Lunatic asylums Madras 1877-1891 - 1877-1891
Year: 1877
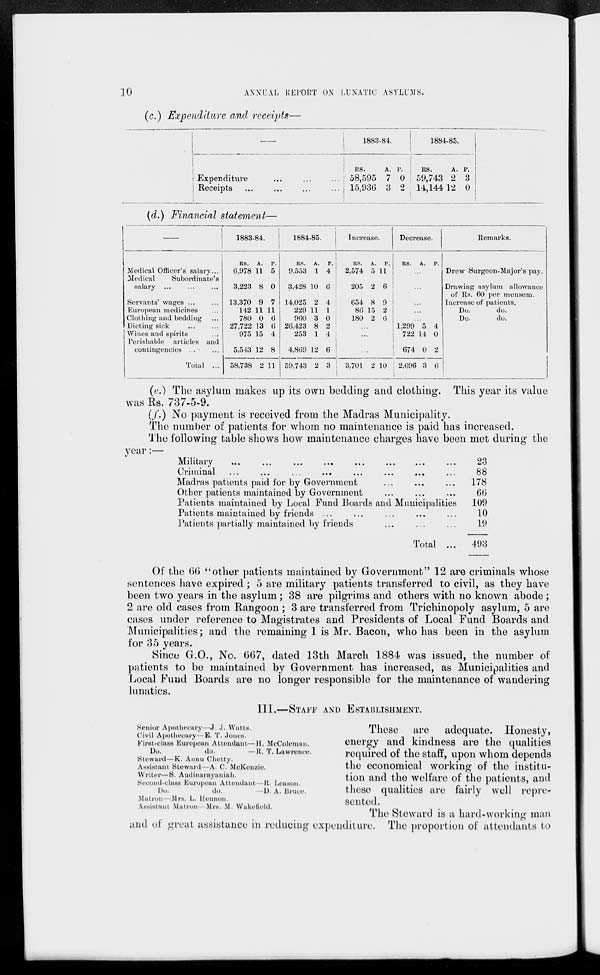
10
ANNUAL REOPRT ON LUNATIC ASYLUMS.
(c.) Expenditure and receipts—
—
Expenditure ... ... ...
Receipts ... ... ... ...
1883-84.
Rs.
58,595
15,936
A.
7
3
P.
0
2
1884-85.
Rs.
59,743
14,144
A.
2
12
P.
3
0
(d.) Financial statement—
—
Medical Officer's salary ...
Medical
Subordinate's
salary ... ... ...
Servants' wages ... ...
European medicines ...
Clothing and bedding ...
Dieting sick
...
...
Wines and spirits ...
Perishable articles and
contingencies ... ...
Total ...
1883-84.
Rs.
6,978
3,223
13,370
142
780
27,722
975
5,543
58,738
A.
11
8
9
11
0
13
15
12
2
P.
5
0
7
11
6
6
4
8
11
1884-85.
Rs.
9,553
3,428
14,025
229
960
26,423
253
4,869
59,743
A.
1
10
2
11
3
8
1
12
2
P.
4
6
4
1
0
2
4
6
3
Increase.
Rs.
2,574
205
654
86
180
A.
5
2
8
15
2
P.
11
6
9
2
6
...
...
...
3,701 2 10
Decrease.
Rs. A. P.
...
...
...
...
...
1,299
722
674
2,696
5
14
0
3
4
0
2
6
Remarks.
Drew Surgeon-Major's pay.
Drawing asylum allowance
of Rs. 60 per mensem.
Increase of patients.
Do.
do.
Do.
do.
(e.) The asylum makes up its own bedding and clothing. This year its value
was Rs. 737-5-9.
(f.) No payment is received from the Madras Municipality.
The number of patients for whom no maintenance is paid has increased.
The following table shows how maintenance charges have been met during the
year:—
Military ... ... ... ... ... ... ... ...
Criminal
...
...
...
...
...
...
...
...
Madras patients paid for by Government ... ... ...
Other patients maintained by Government ... ... ...
Patients maintained by Local Fund Boards and Municipalities
Patients maintained by friends ... ... ... ... ...
Patients partially maintained by friends ... ... ...
Total ...
23
88
178
66
109
10
19
493
Of the 66 "other patients maintained by Government" 12 are criminals whose
sentences have expired ; 5 are military patients transferred to civil, as they have
been two years in the asylum; 38 are pilgrims and others with no known abode;
2 are old cases from Rangoon ; 3 are transferred from Trichinopoly asylum, 5 are
cases under reference to Magistrates and Presidents of Local Fund Boards and
Municipalities; and the remaining 1 is Mr. Bacon, who has been in the asylum
for 35 years.
Since G.O., No. 667, dated 13th March 1884 was issued, the number of
patients to be maintained by Government has increased, as Municipalities and
Local Fund Boards are no longer responsible for the maintenance of wandering
lunatics.
III.—STAFF AND ESTABLISHMENT.
Senior Apothecary—J. J. Watts.
Civil Apothecary—E. T. Jones.
First-class European Attendant—H. McColeman.
Do.
do.
—R. T. Lawrence.
Steward—K. Annu Chetty.
Assistant Steward—A. C. McKenzie.
Writer—S. Audinarayaniah.
Second-class European Attendant—R. Leason.
Do.
do.
—D. A. Bruce.
Matron—Mrs. L. Hennon.
Assistant Matron—Mrs. M. Wakefield.
These are adequate. Honesty,
energy and kindness are the qualities
required of the staff, upon whom depends
the economical working of the institu-
tion and the welfare of the patients, and
these qualities are fairly well repre-
sented.
The Steward is a hard-working man
and of great assistance in reducing expenditure. The proportion of attendants to